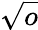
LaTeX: \sqrt{o}